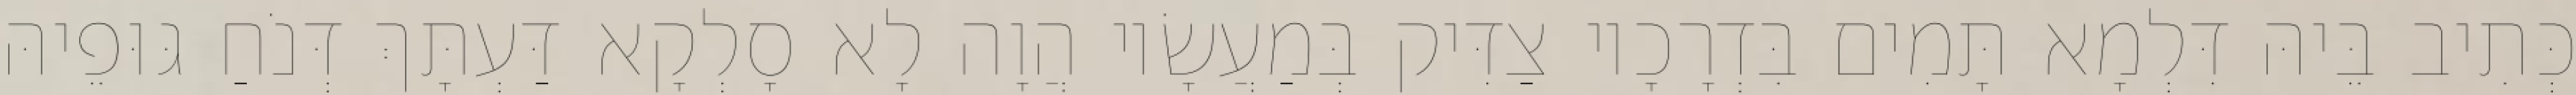
כְּתִיב בֵּיהּ דִּלְמָא תָּמִים בִּדְרָכָיו צַדִּיק בְּמַעֲשָׂיו הֲוָה לָא סָלְקָא דַּעְתָּךְ דְּנֹחַ גּוּפֵיהּ